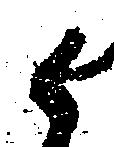
候